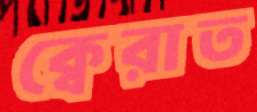
ক্বেরাত